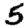
Digit: 5